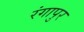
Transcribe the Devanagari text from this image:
रंगापुर